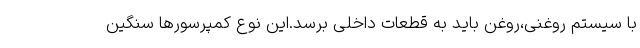
با سیستم روغنی،روغن باید به قطعات داخلی برسد.این نوع کمپرسورها سنگین